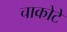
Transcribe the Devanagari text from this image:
चाकोटे